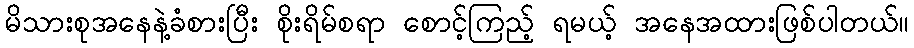
မိသားစုအနေနဲ့ခံစားပြီး စိုးရိမ်စရာ စောင့်ကြည့် ရမယ့် အနေအထားဖြစ်ပါတယ်။